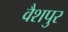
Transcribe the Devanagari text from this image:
वैशपुर